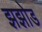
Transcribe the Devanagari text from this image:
झझोड